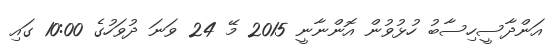
އަންދާސީހިސާބު ހުޅުވުން އޮންނާނީ 2015 މޭ 24 ވަނަ ދުވަހުގެ 10:00 ގައި